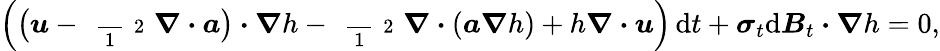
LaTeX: \Big(\big(\boldsymbol{u}-\mathrm{~\scriptsize~\frac~{~1~}~{~2~}~}\boldsymbol{\nabla}\boldsymbol{\cdot}\boldsymbol{a}\big)\boldsymbol{\cdot}\boldsymbol{\nabla}h-\mathrm{~\scriptsize~\frac~{~1~}~{~2~}~}\boldsymbol{\nabla}\boldsymbol{\cdot}(\boldsymbol{a}\boldsymbol{\nabla}h)+h\boldsymbol{\nabla}\boldsymbol{\cdot}\boldsymbol{u}\Big)\, \mathrm{d}t+\boldsymbol{\sigma}_{t}\mathrm{d}\boldsymbol{B}_{t}\boldsymbol{\cdot}\boldsymbol{\nabla}h=0,